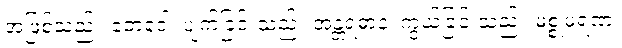
အဖြစ်သည်။ ဘေဒေါ၊ ပျက်ခြင်းသည်။ အန္တရဓာနံ၊ ကွယ်ခြင်းသည်။ မစ္စုမရဏံ၊